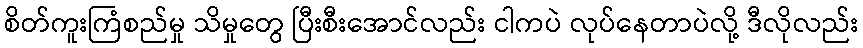
စိတ်ကူးကြံစည်မှု သိမှုတွေ ပြီးစီးအောင်လည်း ငါကပဲ လုပ်နေတာပဲလို့ ဒီလိုလည်း